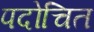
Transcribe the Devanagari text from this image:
पदोचित